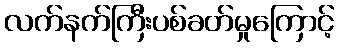
လက်နက်ကြီးပစ်ခတ်မှုကြောင့်